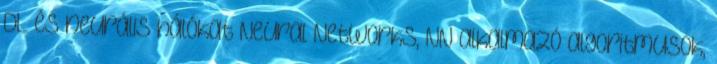
DL és neurális hálókat Neural Networks, NN alkalmazó algoritmusok,